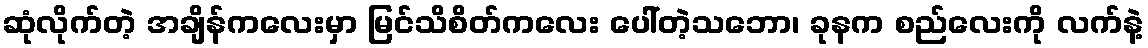
ဆုံလိုက်တဲ့ အချိန်ကလေးမှာ မြင်သိစိတ်ကလေး ပေါ်တဲ့သဘော၊ ခုနက စည်လေးကို လက်နဲ့